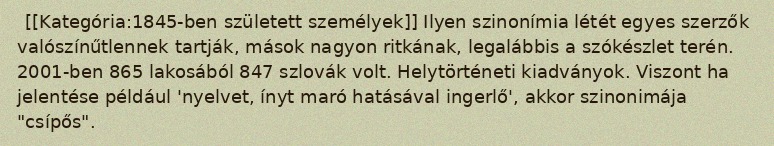
[[Kategória:1845-ben született személyek]] Ilyen szinonímia létét egyes szerzők valószínűtlennek tartják, mások nagyon ritkának, legalábbis a szókészlet terén. 2001-ben 865 lakosából 847 szlovák volt. Helytörténeti kiadványok. Viszont ha jelentése például 'nyelvet, ínyt maró hatásával ingerlő', akkor szinonimája "csípős".